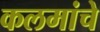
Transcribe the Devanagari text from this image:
कलमांचे